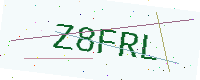
Text: Z8FRL